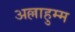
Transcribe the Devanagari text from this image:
अल्लाहुम्म